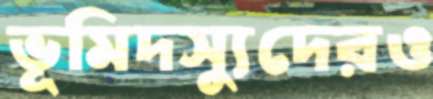
ভূমিদস্যুদেরও